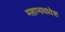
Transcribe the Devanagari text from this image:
महाभावावेश